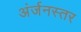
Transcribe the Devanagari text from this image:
अंर्जनस्तर